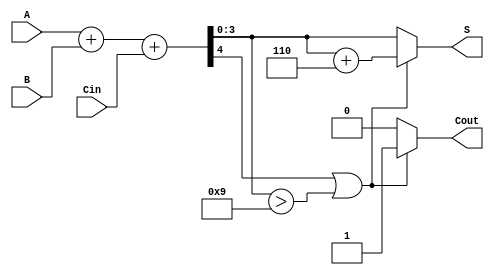
module BCD_Carry_Lookahead_Adder (
    input  [3:0] A,        // First BCD digit
    input  [3:0] B,        // Second BCD digit
    input        Cin,       // Carry-in
    output reg [3:0] S,     // BCD result
    output reg Cout         // Carry-out
);

    wire [4:0] Sum;         // Temporary sum (5 bits to accommodate carry)
    wire [3:0] P;           // Propagate signals
    wire [3:0] G;           // Generate signals
    wire C1, C2, C3;        // Carry signals

    // Generate Propagate and Generate signals
    assign P = A ^ B;         // P = A  B
    assign G = A & B;         // G = A  B

    // Carry signal generation
    assign C1 = G[0] | (P[0] & Cin);
    assign C2 = G[1] | (P[1] & G[0]) | (P[1] & P[0] & Cin);
    assign C3 = G[2] | (P[2] & G[1]) | (P[2] & P[1] & P[0] & Cin);

    // Sum calculation
    assign Sum = A + B + Cin; // Initial sum

    always @(*) begin
        // Correction logic
        if (Sum[4] || (Sum[3:0] > 4'd9)) begin
            // If Sum > 9, add 6 (0110)
            S = Sum[3:0] + 4'b0110;
            Cout = 1; // Set Cout
        end else begin
            // No correction needed
            S = Sum[3:0];
            Cout = 0; // Clear Cout
        end
    end

endmodule